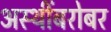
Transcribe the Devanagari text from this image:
अस्थींबरोबर